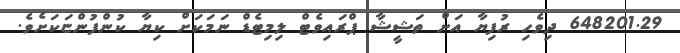
648201.29 ދިވެހި ރުފިޔާ އަށް ތަޝީޝާ ޕްރައިވެޓް ލިމިޓެޑް ނަމަކަށް ކިޔާ ކުންފުންޏަކަށެވެ.